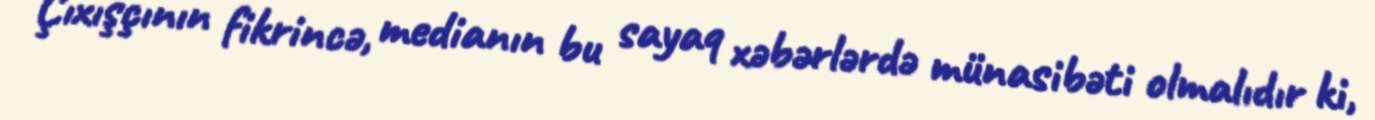
Çıxışçının fikrincə, medianın bu sayaq xəbərlərdə münasibəti olmalıdır ki,